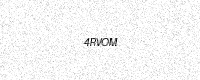
Text: 4RVOM